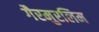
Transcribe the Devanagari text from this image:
गैरमुरलिम